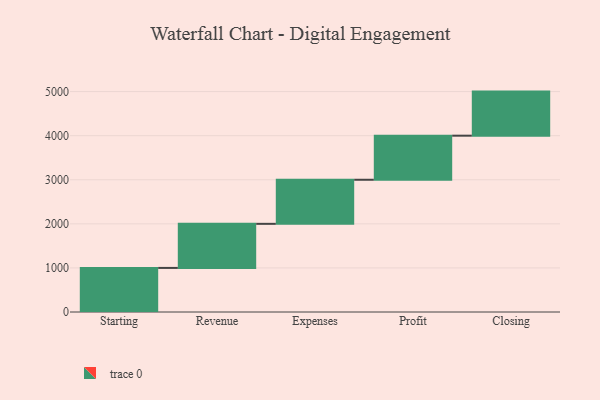
{"axis": {"x": "Step", "y": "Value"}, "legend": [""], "data": [{"x": "Starting", "y": 1000, "type": ""}, {"x": "Revenue", "y": 1000, "type": ""}, {"x": "Expenses", "y": 1000, "type": ""}, {"x": "Profit", "y": 1000, "type": ""}, {"x": "Closing", "y": 1000, "type": ""}]}